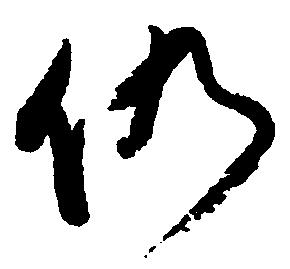
仍